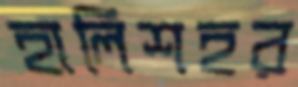
হালিশহর